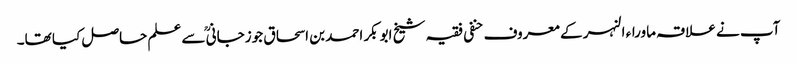
آپ نے علاقہ ماوراء النہر کے معروف حنفی فقیہ شیخ ابوبکر احمد بن اسحاق جوزجانی ؒسے علم حاصل کیا تھا۔